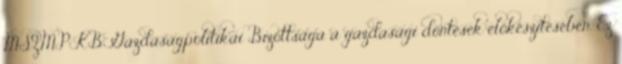
MSZMP KB Gazdaságpolitikai Bizottsága a gazdasági döntések előkészítésében. Ez